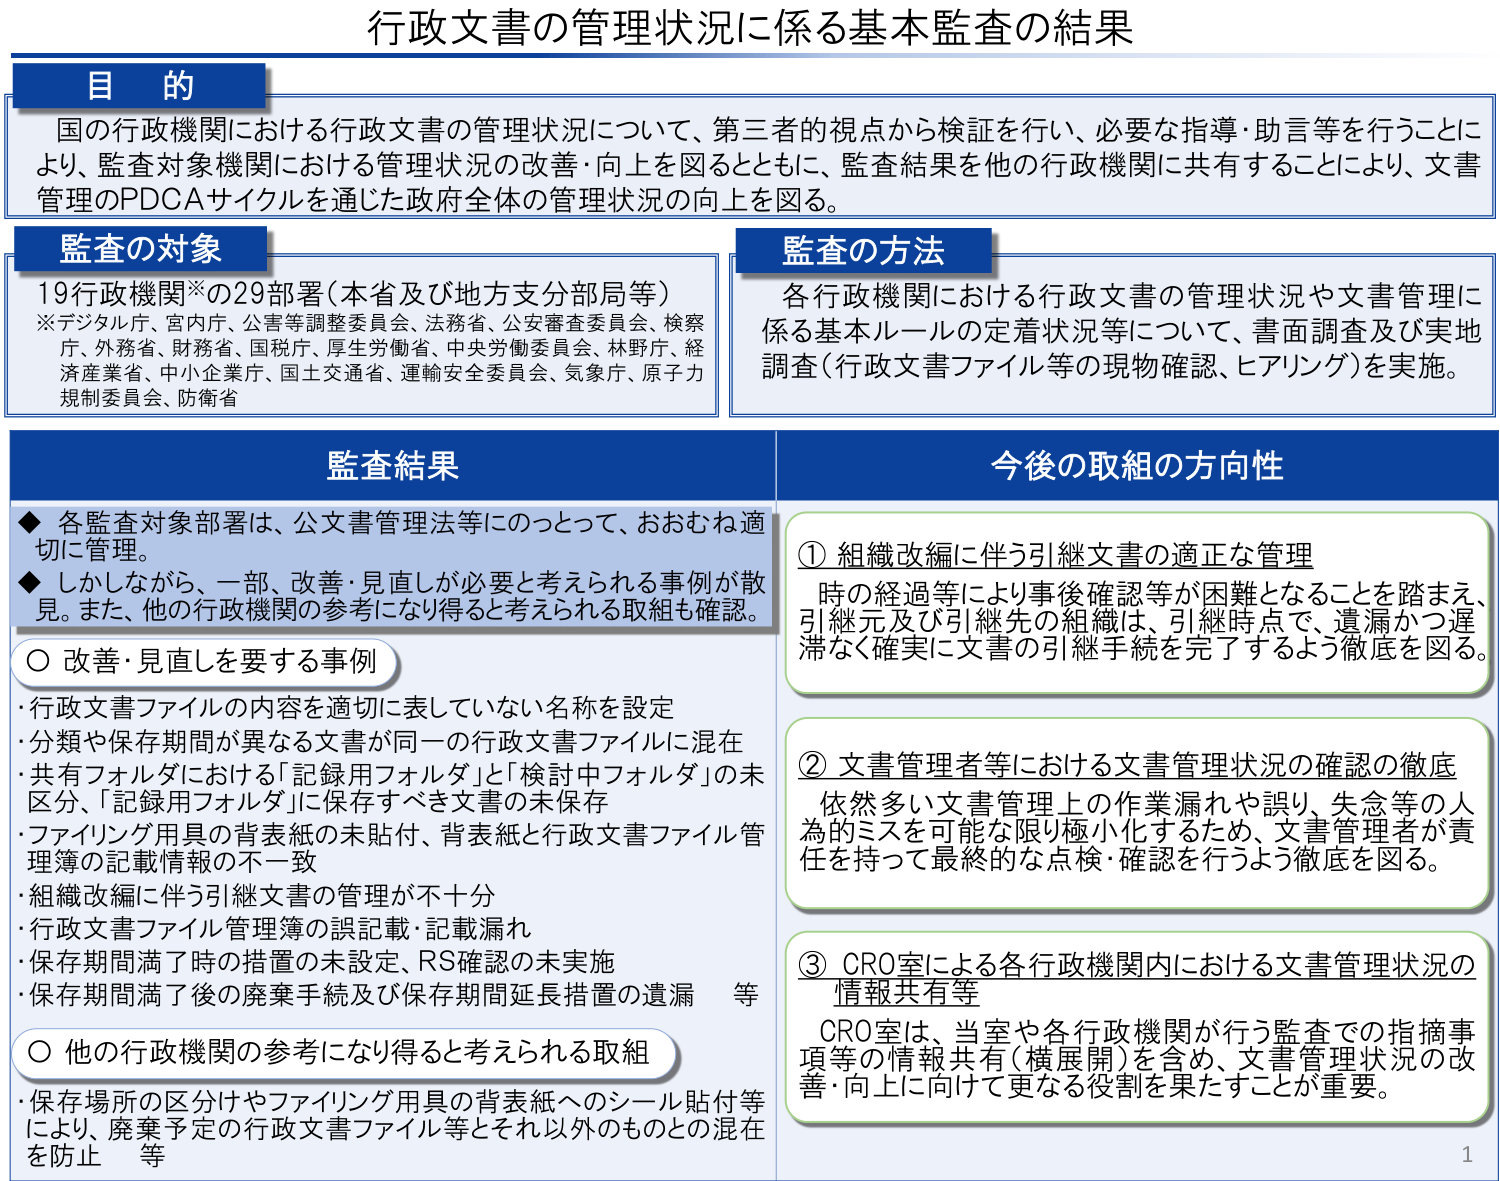
行政文書の管理状況に係る基本監査の結果

目的
国の行政機関における行政文書の管理状況について、第三者的視点から検証を行い、必要な指導・助言等を行うことにより、監査対象機関における管理状況の改善・向上を図るとともに、監査結果を他の行政機関に共有することにより、文書管理のPDCAサイクルを通じた政府全体の管理状況の向上を図る。

監査の対象
19行政機関※の29部署（本省及び地方支分部局等）
※デジタル庁、宮内庁、公害等調整委員会、法務省、公安審査委員会、検察庁、外務省、財務省、国税庁、厚生労働省、中央労働委員会、林野庁、経済産業省、中小企業庁、国土交通省、運輸安全委員会、気象庁、原子力規制委員会、防衛省

監査の方法
各行政機関における行政文書の管理状況や文書管理に係る基本ルールの定着状況等について、書面調査及び実地調査（行政文書ファイル等の現物確認、ヒアリング）を実施。

監査結果
◆ 各監査対象部署は、公文書管理法等にのっとって、おおむね適切に管理。
◆ しかしながら、一部、改善・見直しが必要と考えられる事例が散見。また、他の行政機関の参考になり得ると考えられる取組も確認。

○ 改善・見直しを要する事例
・行政文書ファイルの内容を適切に表していない名称を設定
・分類や保存期間が異なる文書が同一の行政文書ファイルに混在
・共有フォルダにおける「記録用フォルダ」と「検討中フォルダ」の未区分、「記録用フォルダ」に保存すべき文書の未保存
・ファイリング用具の背表紙の未貼付、背表紙と行政文書ファイル管理簿の記載情報の不一致
・組織改編に伴う引継文書の管理が不十分
・行政文書ファイル管理簿の誤記載・記載漏れ
・保存期間満了時の措置の未設定、RS確認の未実施
・保存期間満了後の廃棄手続及び保存期間延長措置の遺漏 等

○ 他の行政機関の参考になり得ると考えられる取組
・保存場所の区分けやファイリング用具の背表紙へのシール貼付等により、廃棄予定の行政文書ファイル等とそれ以外のものとの混在を防止 等

今後の取組の方向性
① 組織改編に伴う引継文書の適正な管理
時の経過等により事後確認等が困難となることを踏まえ、引継元及び引継先の組織は、引継時点で、遺漏かつ遅滞なく確実に文書の引継手続を完了するよう徹底を図る。

② 文書管理者等における文書管理状況の確認の徹底
依然多い文書管理上の作業漏れや誤り、失念等の人為的ミスを可能な限り極小化するため、文書管理者が責任を持って最終的な点検・確認を行うよう徹底を図る。

③ CRO室による各行政機関内における文書管理状況の情報共有等
CRO室は、当室や各行政機関が行う監査での指摘事項等の情報共有（横展開）を含め、文書管理状況の改善・向上に向けて更なる役割を果たすことが重要。

1